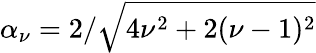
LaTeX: \alpha_{\nu}=2/\sqrt{4\nu^{2}+2(\nu-1)^{2}}